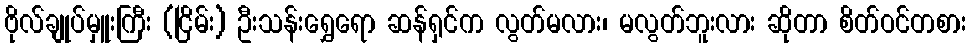
ဗိုလ်ချုပ်မှူးကြီး (ငြိမ်း) ဦးသန်းရွှေရော ဆန်ရှင်က လွတ်မလား၊ မလွတ်ဘူးလား ဆိုတာ စိတ်ဝင်တစား